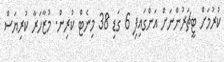
ކުރުމަށް ޓީޗަރުންނަށް އަންގައިފި 6 ގަޑި 38 މިނެޓް ކުރިން. މުޒާހަރާ ކުރިޔަސް